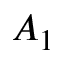
A _ { 1 }